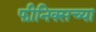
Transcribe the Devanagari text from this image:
फीनिक्सच्या